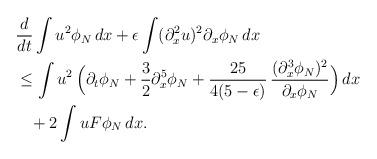
LaTeX: \begin{align*}&\frac{d}{dt}\int u^2\phi_N\,dx +\epsilon\int (\partial_x^2u)^2\partial_x\phi_N\,dx\\&\le \int u^2\,\Big(\partial_t\phi_N+\frac32\partial_x^5\phi_N+\frac{25}{4(5-\epsilon)}\, \frac{(\partial_x^3\phi_N)^2}{\partial_x\phi_N}\Big)\,dx\\&\;\;\;+2\int u F\phi_N\,dx.\end{align*}